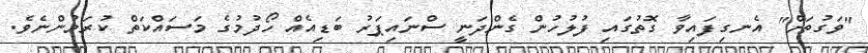
"ވަގުތަށް" އެނގިފައިވާ ގޮތުގައި ފުލުހުން ގެންދަނީ ސްނައިޕަރު ބަޑިއެއް ހޯދުމުގެ މަސައްކަތް ކުރަމުންނެވެ.